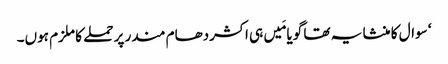
‘ سوال کا منشا یہ تھا گویا مَیں ہی اکشردھام مندر پر حملے کا ملزم ہوں۔